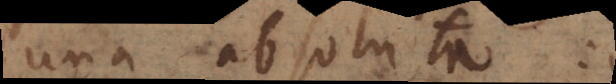
una absoluta: